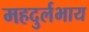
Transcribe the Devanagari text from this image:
महदुर्लभाय